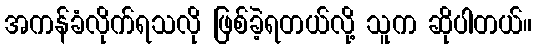
အကန်ခံလိုက်ရသလို ဖြစ်ခဲ့ရတယ်လို့ သူက ဆိုပါတယ်။